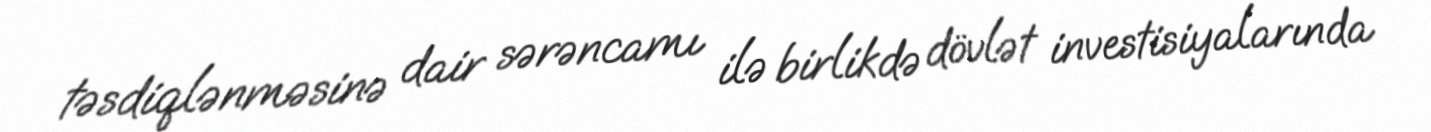
təsdiqlənməsinə dair sərəncamı ilə birlikdə dövlət investisiyalarında